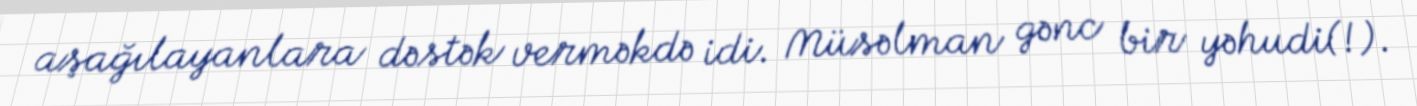
aşağılayanlara dəstək verməkdə idi. Müsəlman gənc bir yəhudi(!).